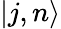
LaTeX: |j,n\rangle